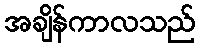
အချိန်ကာလသည်